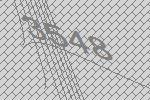
3548